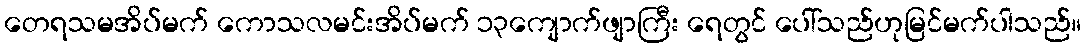
တေရသမအိပ်မက် ကောသလမင်းအိပ်မက် ၁၃ကျောက်ဖျာကြီး ရေတွင် ပေါ်သည်ဟုမြင်မက်ပါသည်။